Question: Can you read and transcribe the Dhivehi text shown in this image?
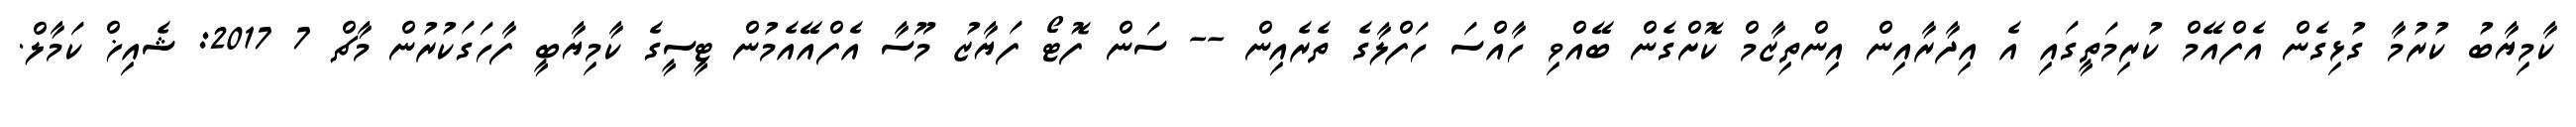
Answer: ކާމިޔާބު ކުރުމާ ގުޅިގެން އެފްއޭމް ކުރިމަތީގައި އެ އިދާރާއިން އިންތިޒާމް ކޮށްގެން ބޭއްވި ހާއްސަ ހަފްލާގެ ތެރެއިން -- ސަން ފޮޓޯ ފަޔާޒު މޫސާ އެފްއޭއެމުން ޓީސީގެ ކާމިޔާބީ ފާހަގަކުރުން މާޗް 7 2017: ޝެއިޚް ކަމާލް.